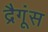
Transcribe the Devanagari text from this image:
द्रैगूंस